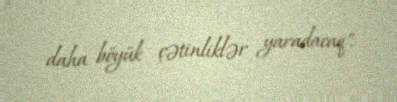
daha böyük çətinliklər yaradacaq".